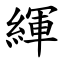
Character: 緷